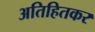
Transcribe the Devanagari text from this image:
अतिहितकर